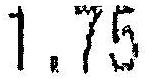
1.75